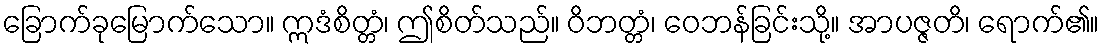
ခြောက်ခုမြောက်သော။ ဣဒံစိတ္တံ၊ ဤစိတ်သည်။ ဝိဘတ္တံ၊ ဝေဘန်ခြင်းသို့။ အာပဇ္ဇတိ၊ ရောက်၏။